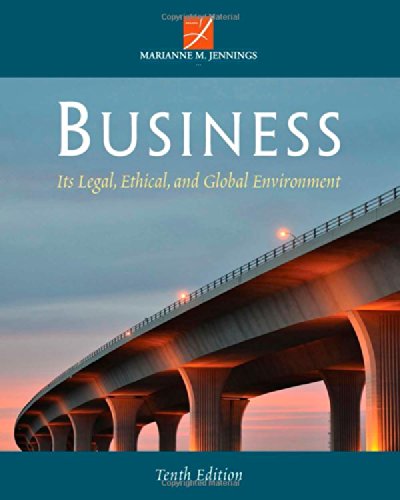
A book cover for Business: Its Legal, Ethical, and Global Environment; Marianne M. Jennings; Law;